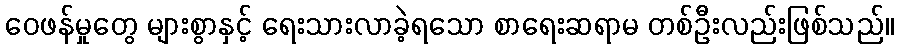
ဝေဖန်မှုတွေ များစွာနှင့် ရေးသားလာခဲ့ရသော စာရေးဆရာမ တစ်ဦးလည်းဖြစ်သည်။